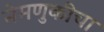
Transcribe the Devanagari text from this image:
नेमणुकीचा